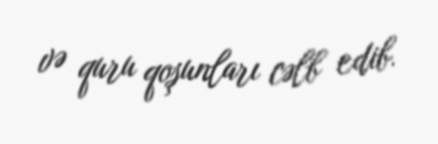
və quru qoşunları cəlb edib.